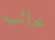
خائب